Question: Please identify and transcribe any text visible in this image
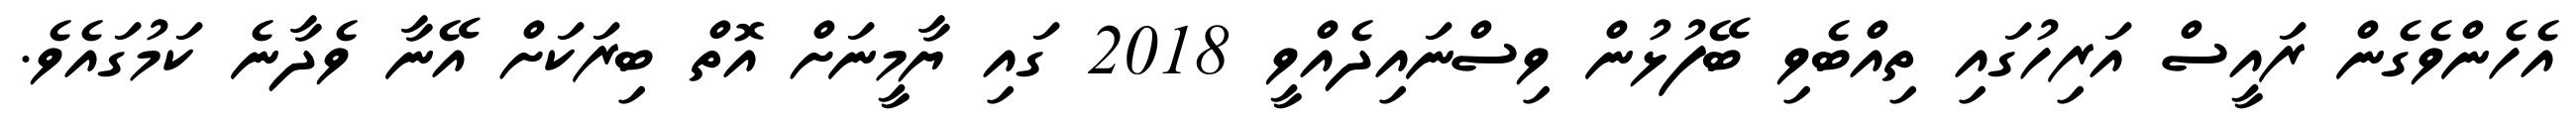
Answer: އެހެންވެގެން ރައީސް އަރިހުގައި ތިއްބެވި ބޭފުޅުން ވިސްނައިދެއްވީ 2018 ގައި ޔާމީނަށް އޮތް ބިރަކަށް އޭނާ ވެދާނެ ކަމުގައެވެ.